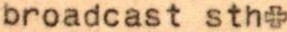
broadcast sth+